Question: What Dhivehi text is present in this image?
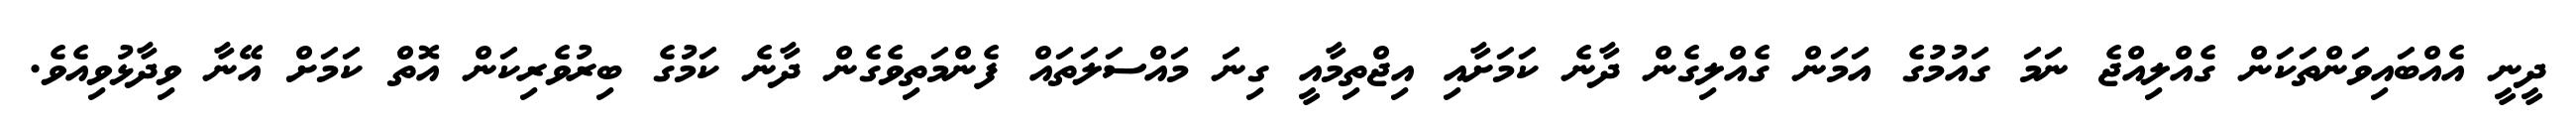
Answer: ދީނީ އެއްބައިވަންތަކަން ގެއްލިއްޖެ ނަމަ ގައުމުގެ އަމަން ގެއްލިގެން ދާނެ ކަމަށާއި އިޖްތިމާއީ ގިނަ މައްސަލަތައް ފެންމަތިވެގެން ދާނެ ކަމުގެ ބިރުވެރިކަން އޮތް ކަމަށް އޭނާ ވިދާޅުވިއެވެ.